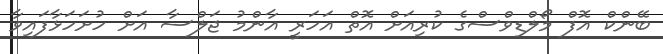
ބޭންކް އޮފް މޯލްޑިވްސްގެ ކުރިއަށް އޮތް އަހަރީ އާންމު ޖަލްސާ އަށް ހުށަހަޅާފައިވާ